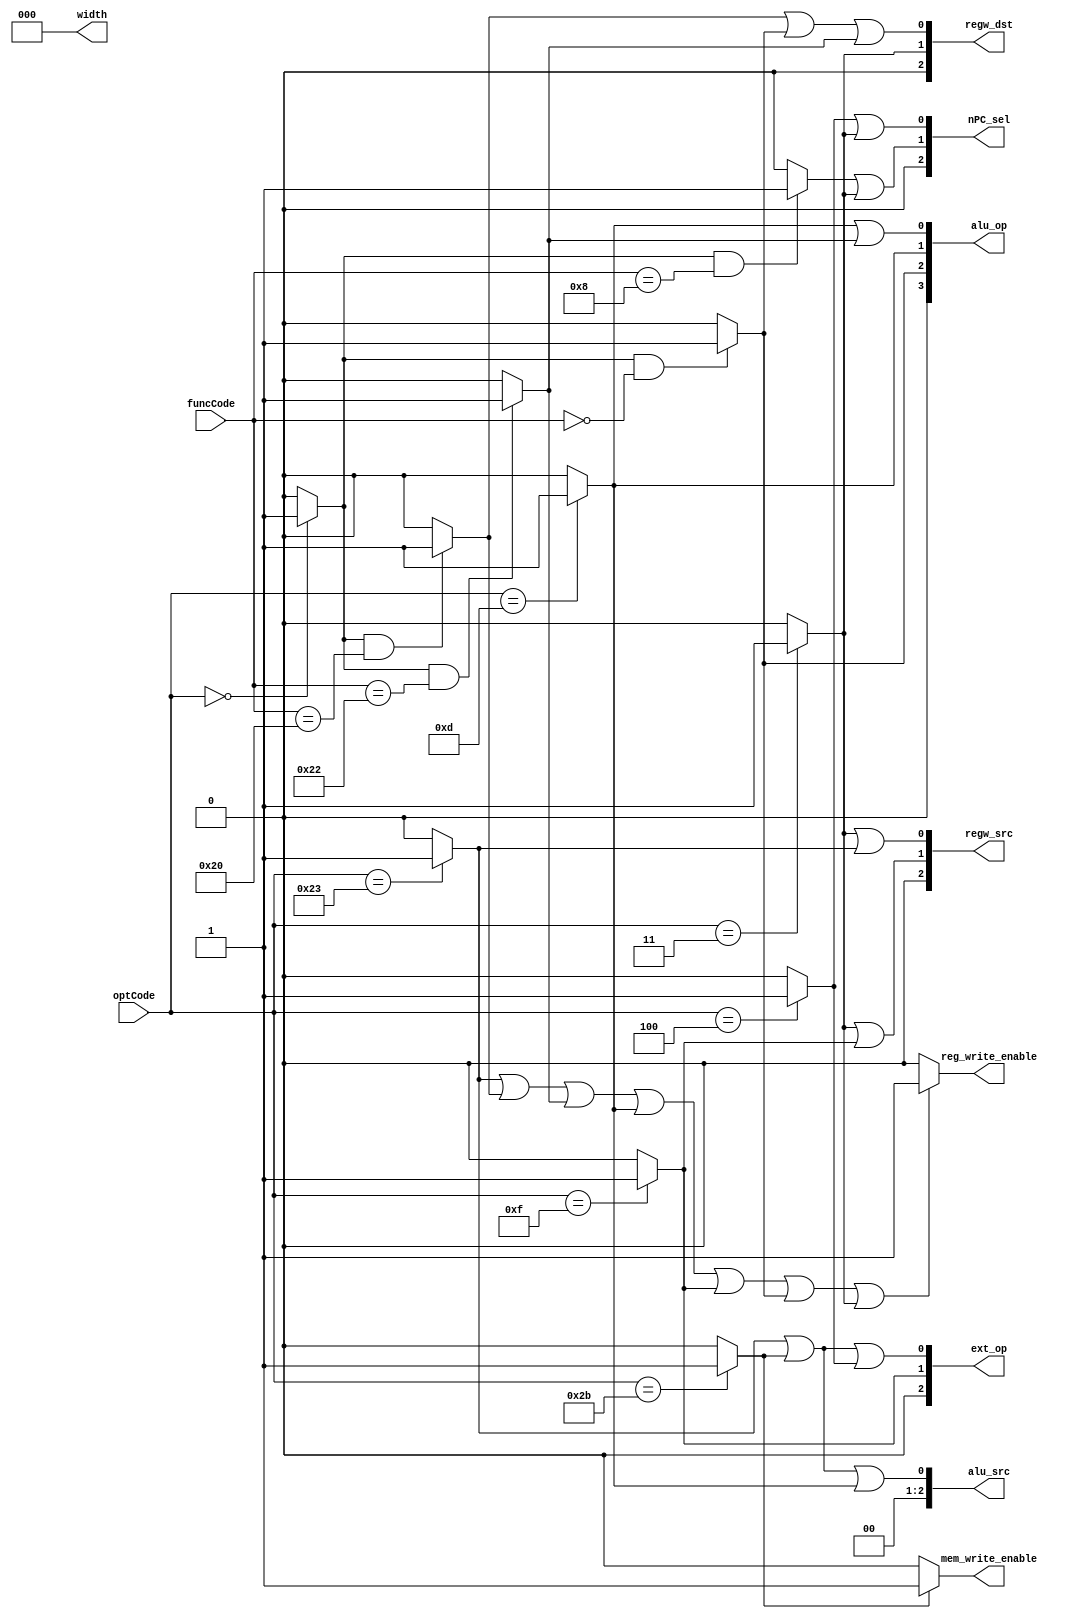
module Controller(
    input [5:0] optCode, funcCode,
    output reg_write_enable, mem_write_enable, 
    output [3:0] alu_op, 
    output [2:0] ext_op, nPC_sel, alu_src, 
                regw_dst, regw_src, width
);
    
    wire special = (optCode == 0) ? 1 : 0;

    wire add = (special && funcCode == 6'b100000) ? 1 : 0;
    wire sub = (special && funcCode == 6'b100010) ? 1 : 0;
    wire ori = (optCode == 6'b001101) ? 1 : 0; 
    wire lw  = (optCode == 6'b100011) ? 1 : 0;
    wire sw  = (optCode == 6'b101011) ? 1 : 0;
    wire beq = (optCode == 6'b000100) ? 1 : 0;
    wire lui = (optCode == 6'b001111) ? 1 : 0;
    wire jal = (optCode == 6'b000011) ? 1 : 0;
    wire jr  = (special && funcCode == 6'b001000) ? 1 : 0;
    wire sll = (special && funcCode == 0) ? 1 : 0;

    assign width = 0; // 00: word
    assign alu_op = {1'b0, sll, ori, ori||sub};
    /*
    000:+ ; 001:- ; 010:& ; 011:| ; 100:<< ;
    000:==; 001:> ;
    */
    assign ext_op = {1'b0, lui, lw||sw||beq};
    /*
    000: unsigned;
    001: signed;
    010: tohigh
    */
    assign nPC_sel = {1'b0, (jr||jal), (beq||jal)};
    /*
    000: PC+4
    001: PC+4+offset||00
    010: jr
    011: jal/j
    */
    assign alu_src = {2'b0, (sw || lw || ori)};
    /*
    000: grf_rd2
    001: imm32
    */
    assign regw_dst = {1'b0, jal, (add || sll || sub)};// 0: rt , 1: rd, 2: 31
    assign regw_src = {1'b0, jal || lui, jal || lw};
    /*
    000 : alu_res (r)
    001 : mem_read (load wd)
    010 : imm32 (load i)
    011 : PC+4 (jal)
    */
    assign reg_write_enable = (lw || add || sub || ori ||
                             lui || sll || jal) ? 1 : 0;
    assign mem_write_enable = (sw) ? 1 : 0;

endmodule